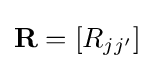
\mathbf {R} =[R_{jj'}]